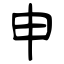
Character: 申